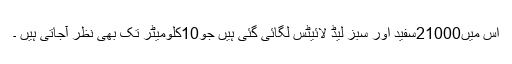
اس میں21000سفید اور سبز لیڈ لائیٹس لگائی گئی ہیں جو10کلومیٹر تک بھی نظر آجاتی ہیں ۔